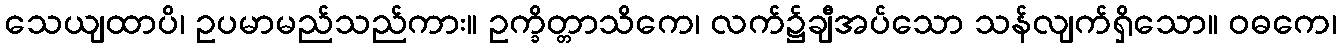
သေယျထာပိ၊ ဥပမာမည်သည်ကား။ ဥက္ခိတ္တာသိကေ၊ လက်၌ချီအပ်သော သန်လျက်ရှိသော။ ဝဓကေ၊